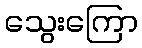
သွေးကြော